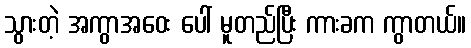
သွားတဲ့ အကွာအဝေး ပေါ် မူတည်ပြီး ကားခက ကွာတယ်။